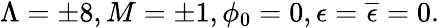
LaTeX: \Lambda=\pm 8,M=\pm 1,\phi_{0}=0,\epsilon={\overline{{\epsilon}}}=0.